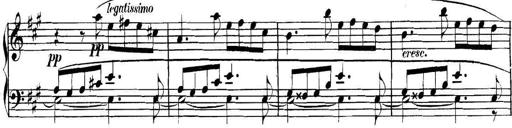
Title: Collected Piano Sonatas
Composer: Muzio Clementi